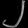
Digit: ၂